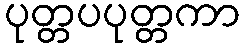
ပုတ္တပပုတ္တကာ